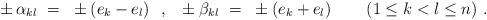
LaTeX: \begin{align*} \pm \, \alpha_{kl}~=~\pm \left( e_k - e_l \right)\!~~,~~ \pm \beta_{kl}~=~\pm \left( e_k + e_l \right) \qquad (1 \leq k < l \leq n)~.\end{align*}